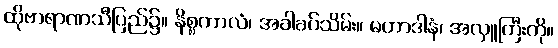
ထိုဗာရာဏသီပြည်၌။ နိစ္စကာလံ၊ အခါခပ်သိမ်း။ မဟာဒါနံ၊ အလှူကြီးကို။